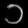
Digit: ၁